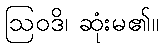
ဩဝဒိ၊ ဆုံးမ၏။